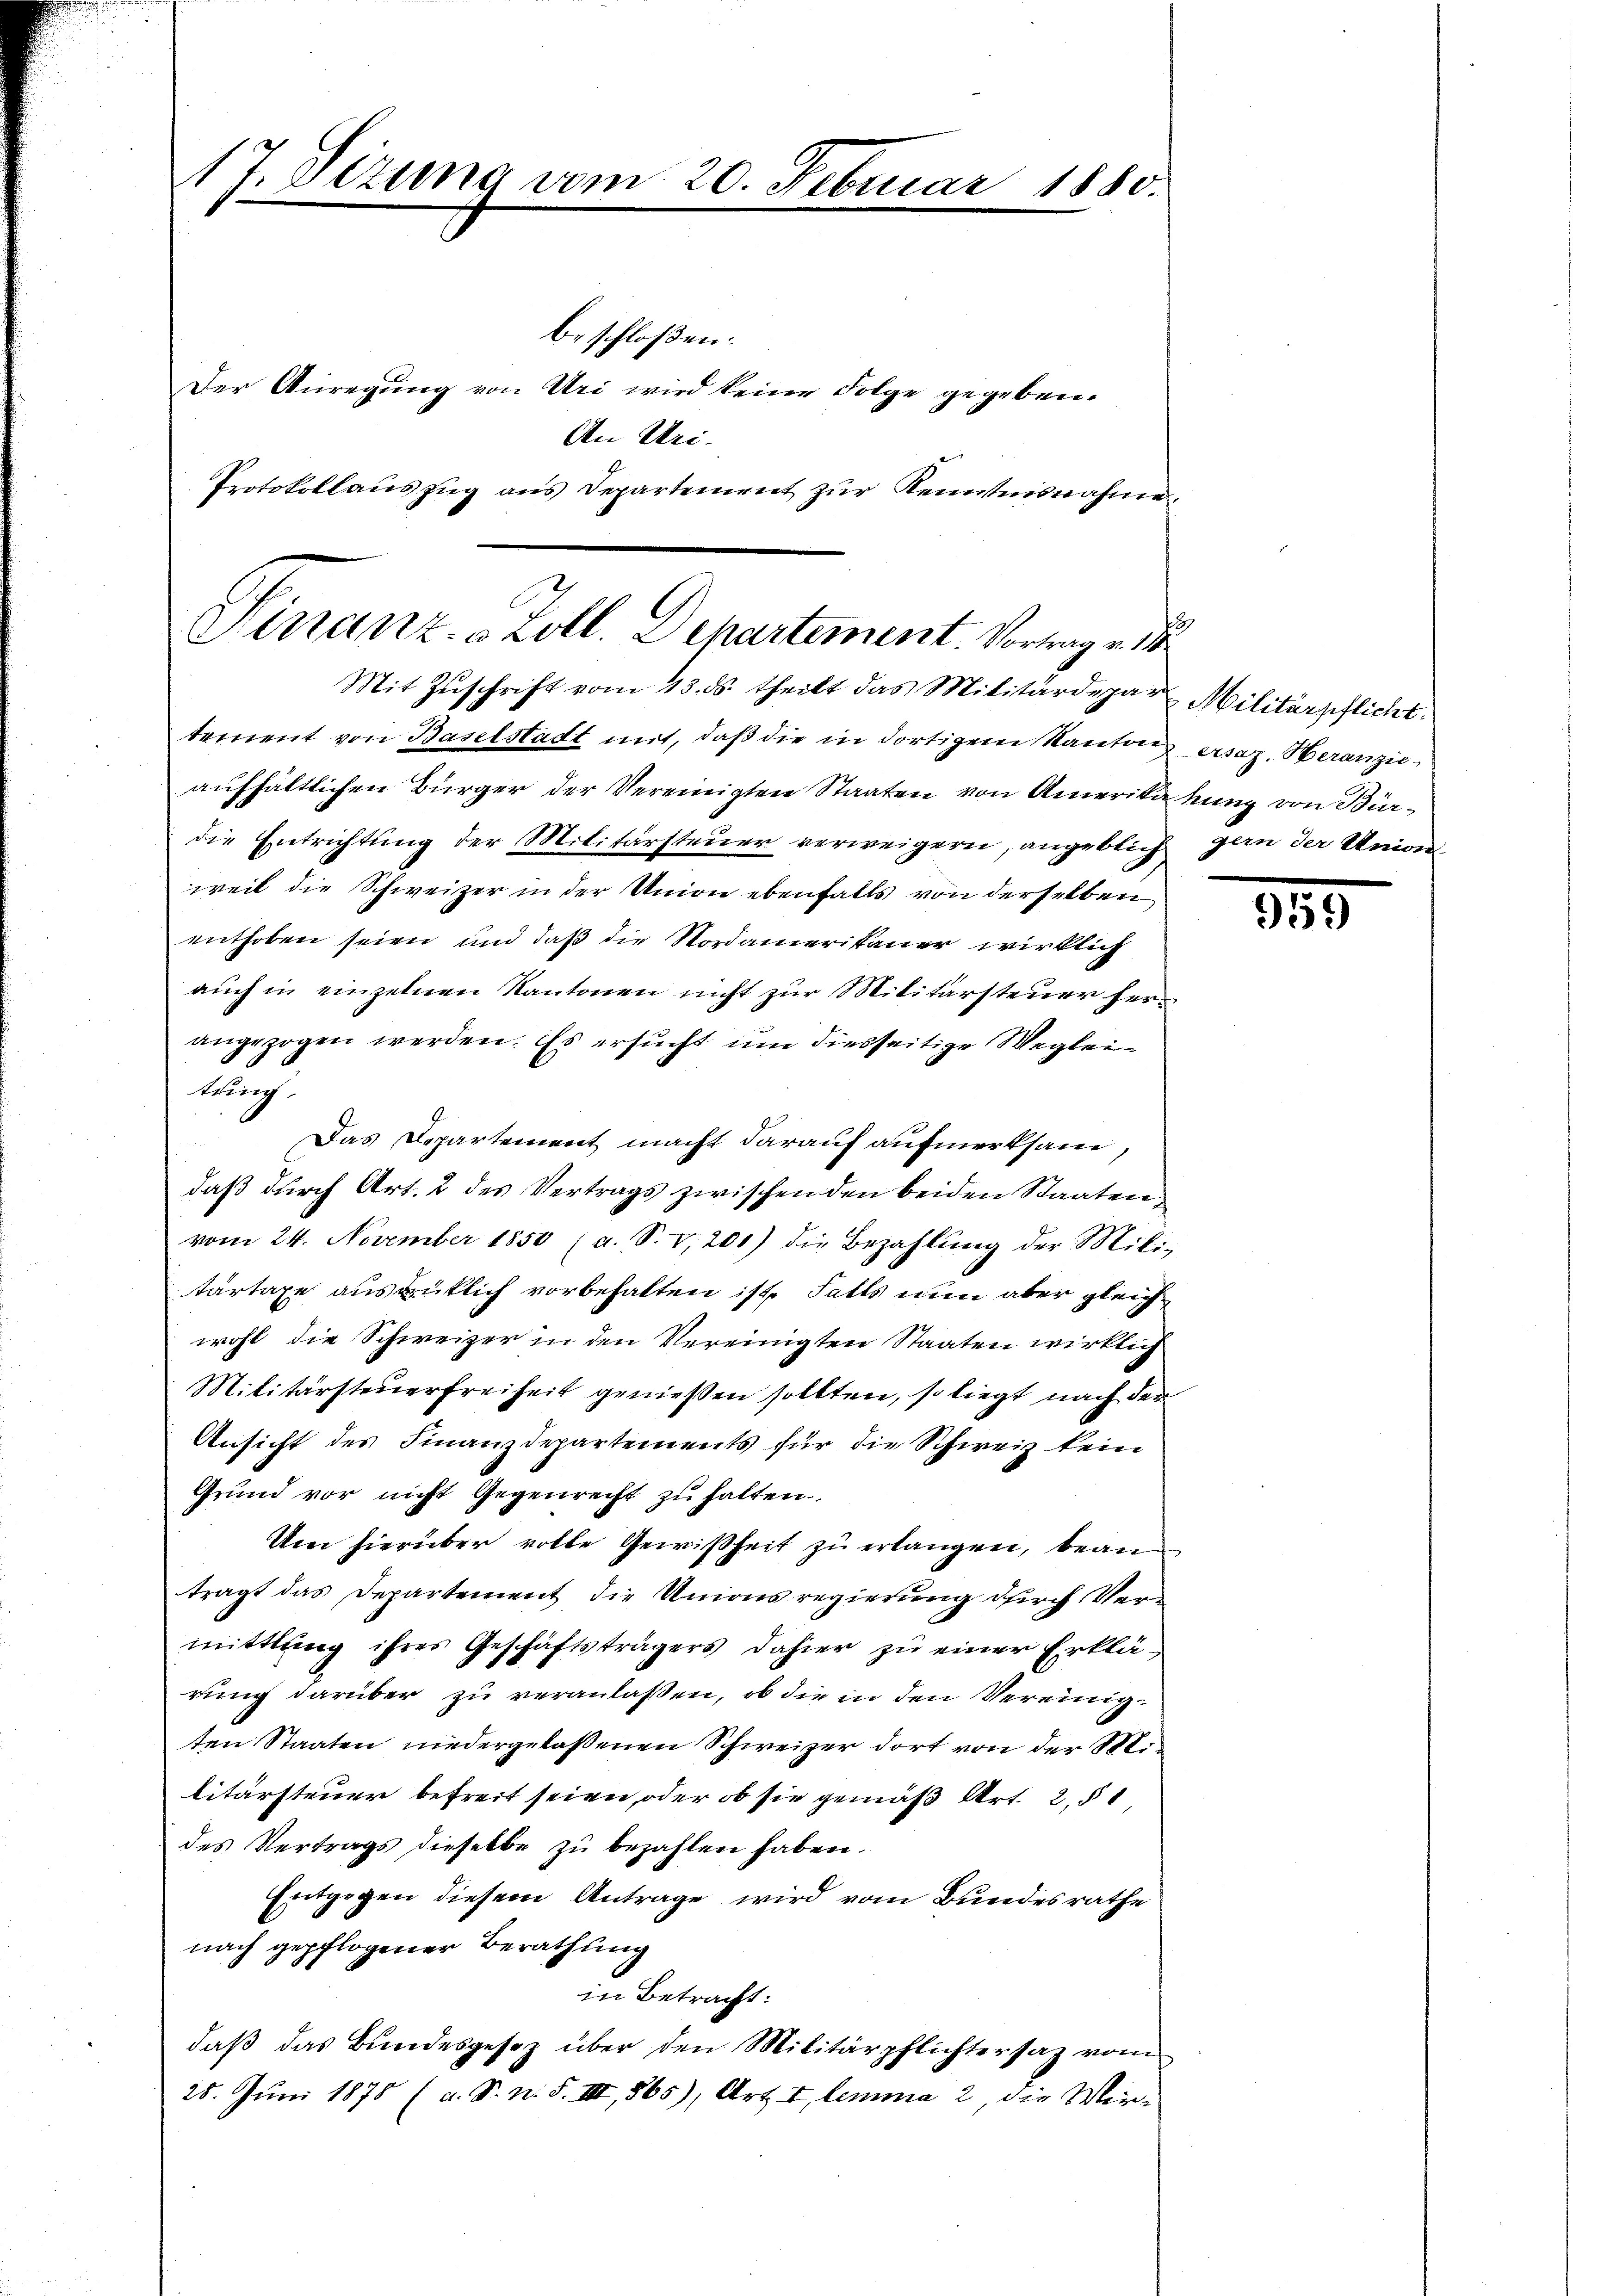
17. Sizung vom 20. Februar 1880.

beschloßen:
Der Anregung von Uri wird keine Folge gegeben.
An Uri.
Protokollauszug aus Departement zur Kenntnisnahme

Finanz- & Zoll. Departement. Vortrag v. 1
Mit Zŭschrift vom 13. ds. theilt das Militärdepar Militärpflicht

tement von Baselstadt mit, daß die in dortigem Kanton ersaz. Heranzieaufhältlichen Bürger der Vereinigten Staaten von Amerika hung von Bürdie Entrichtung der Militärsteuer verweigern, angeblich gan der Unionweil die Schweizer in der Union ebenfalls von derselben
enthoben seien und daß die Nordamerikaner wirklich
auch in einzelnen Kantonen nicht zur Militärsteuer herz
angezogen werden. Es ersucht um diesseitige Wegleitung.
Das Departement macht darauf aufmerksam,
daß durch Art. 2 des Vertrags zwischen den beiden Staaten
vom 24. November 1850 (a. S. 7200) die Bezahlŭng der Mili-
tartaxe ausrüklich vorbehalten ist, Falls nun aber gleich
wohl die Schweizer in den Vereinigten Staaten wirklich
Militärsteŭerfreiheit genießen sollten, so liegt nach der
Ansicht des Finanzdepartements für die Schweiz kein
Grund vor nicht Gegenrecht zu halten.
Um hierüber volle Gewißheit zŭ erlangen, beanträgt das Departement die Unionsregierung durch Vermittlung ihres Geschäftsträgers dahier zu einer Erklärung darüber zu veranlaßen, ob die in den Vereinigten Staaten niedergelassenen Schweizer dort von der Steilitärsteuer befreit seien, oder ob sie gemäß Art. 2,51
des Vertrags dieselbe zu bezahlen haben.
Entgegen diesem Antrage wird vom Bundesrathe
nach gepflogener Berathung
in Betracht:
daß das Bundesgesez über den Militärpflichtersaz vom
28. Juni 1875 (a. S. n. F. III, 865), Art. I, lemma 2, die Wir¬

959